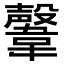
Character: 𩏜